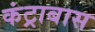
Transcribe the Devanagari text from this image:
कंट्राबास